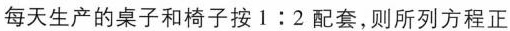
每天生产的桌子和椅子按1:2配套，则所列方程正